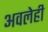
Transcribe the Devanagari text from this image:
अवलेही